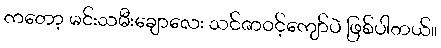
ကတော့ မင်းသမီးချောလေး သင်ဇာဝင့်ကျော်ပဲ ဖြစ်ပါတယ်။